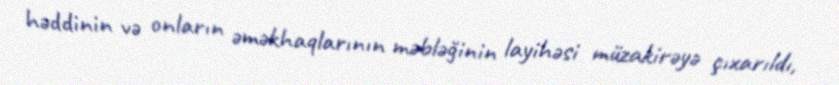
həddinin və onların əməkhaqlarının məbləğinin layihəsi müzakirəyə çıxarıldı,